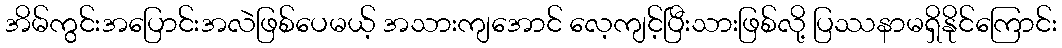
အိမ်ကွင်းအပြောင်းအလဲဖြစ်ပေမယ့် အသားကျအောင် လေ့ကျင့်ပြီးသားဖြစ်လို့ ပြဿနာမရှိနိုင်ကြောင်း